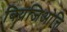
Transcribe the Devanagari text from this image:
बियजिओत्ति